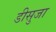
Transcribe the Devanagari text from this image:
डीसुजा